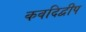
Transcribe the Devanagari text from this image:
कवदिद्वीप